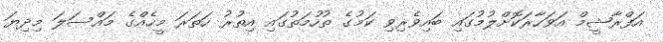
އަފްރާޝީމް އަވަހާރަކޮށްލުމުގައި ބައިވެރިވި ކަމުގެ ތުހުމަތުގައި އިތުރު ހަތަރަ މީހެއްގެ މައްސަލަ މިދިޔަ